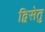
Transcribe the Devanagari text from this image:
द्विसेतु